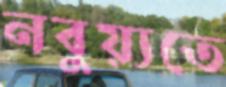
নবুয়্যতে